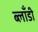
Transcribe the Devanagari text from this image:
ब्लाँडी